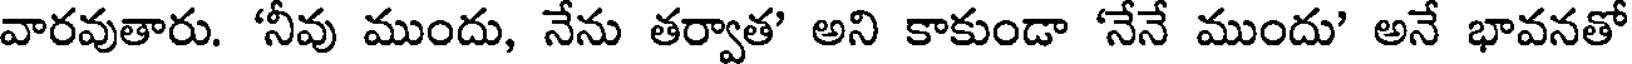
వారవుతారు. 'నీవు ముందు, నేను తర్వాత' అని కాకుండా 'నేనే ముందు' అనే భావనతో